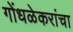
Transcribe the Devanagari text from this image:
गोंधळेकरांचा